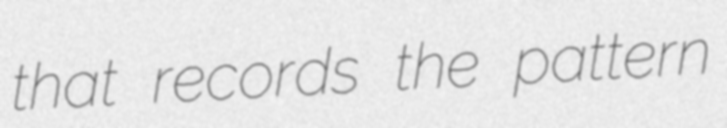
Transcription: that records the pattern